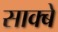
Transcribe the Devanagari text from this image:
साक्बे